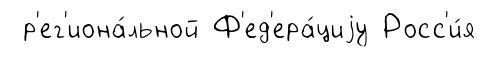
р'ег'иона́льной Ф'ед'ера́циjу Росс'и́я